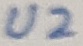
Text: U2